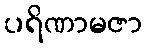
ပရိဏာမဇာ